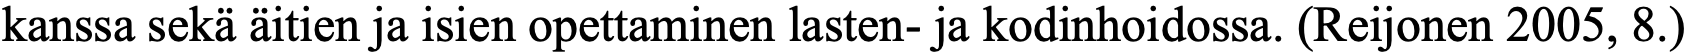
kanssa sekä äitien ja isien opettaminen lasten- ja kodinhoidossa. (Reijonen 2005, 8.)